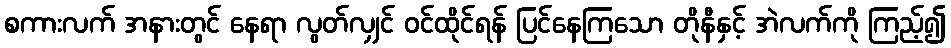
စကားလက် အနားတွင် နေရာ လွတ်လျှင် ဝင်ထိုင်ရန် ပြင်နေကြသော တိုနီနှင့် အဲလက်ကို ကြည့်၍